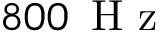
8 0 0 \, \mathrm { ~ H ~ z ~ }